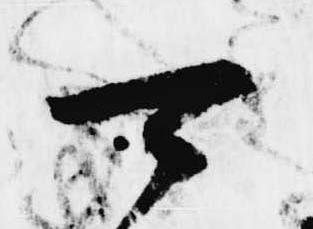
可